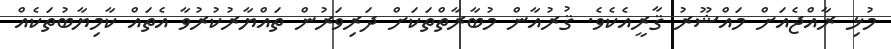
މުޅި ރާއްޖެއަށް މައްޝޫރު ޤާރީއެކެވެ. ޤުރުއާން މުބާރާތްތަކަށް ދަރިވަރުން ތައްޔާރުކުރުވާ އެތައް ކާމިޔާބުތަކެއް